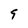
Character: 9